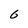
Character: 6